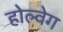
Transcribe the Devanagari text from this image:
होल्वेग